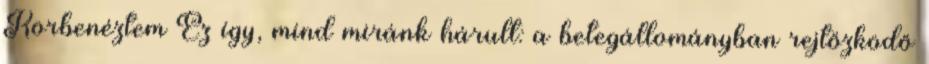
Körbenéztem Ez így, mind miránk hárult: a betegállomány­ban rejtőzködő